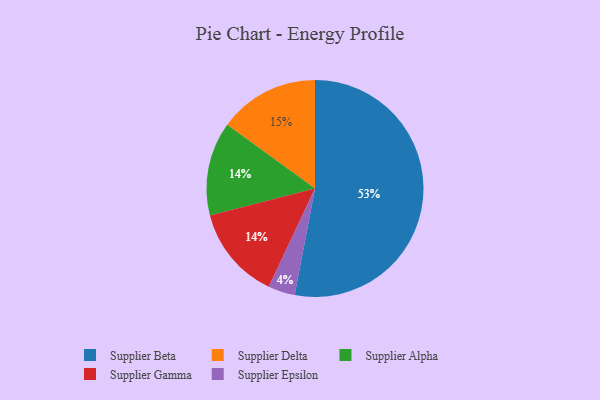
{"axis": {"x": "Category", "y": "Percentage"}, "legend": ["Supplier Alpha", "Supplier Beta", "Supplier Delta", "Supplier Epsilon", "Supplier Gamma"], "data": [{"x": "Supplier Epsilon", "y": 4, "type": "Supplier Epsilon"}, {"x": "Supplier Alpha", "y": 14, "type": "Supplier Alpha"}, {"x": "Supplier Delta", "y": 15, "type": "Supplier Delta"}, {"x": "Supplier Beta", "y": 53, "type": "Supplier Beta"}, {"x": "Supplier Gamma", "y": 14, "type": "Supplier Gamma"}]}